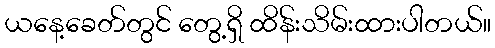
ယနေ့ခေတ်တွင် တွေ့ရှိ ထိန်းသိမ်းထားပါတယ်။